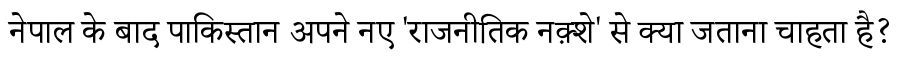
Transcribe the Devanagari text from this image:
नेपाल के बाद पाकिस्तान अपने नए 'राजनीतिक नक़्शे' से क्या जताना चाहता है?